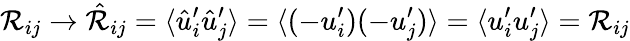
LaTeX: {\cal{\mathcal{R}}}_{ij}\to\hat{{\cal{\mathcal{R}}}}_{ij}=\langle{\hat{{u}}_{i}^{\prime}\hat{{u}}_{j}^{\prime}}\rangle=\langle{(-u_{i}^{\prime})(-u_{j}^{\prime})}\rangle=\langle{u_{i}^{\prime}u_{j}^{\prime}}\rangle={\cal{\mathcal{R}}}_{ij}